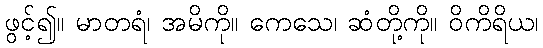
ဖွင့်၍။ မာတရံ၊ အမိကို။ ကေသေ၊ ဆံတို့ကို။ ဝိကိရိယ၊